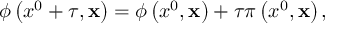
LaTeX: \phi \left( x ^ { 0 } + \tau , { \bf x } \right) = \phi \left( x ^ { 0 } , { \bf x } \right) + \tau \pi \left( x ^ { 0 } , { \bf x } \right) ,